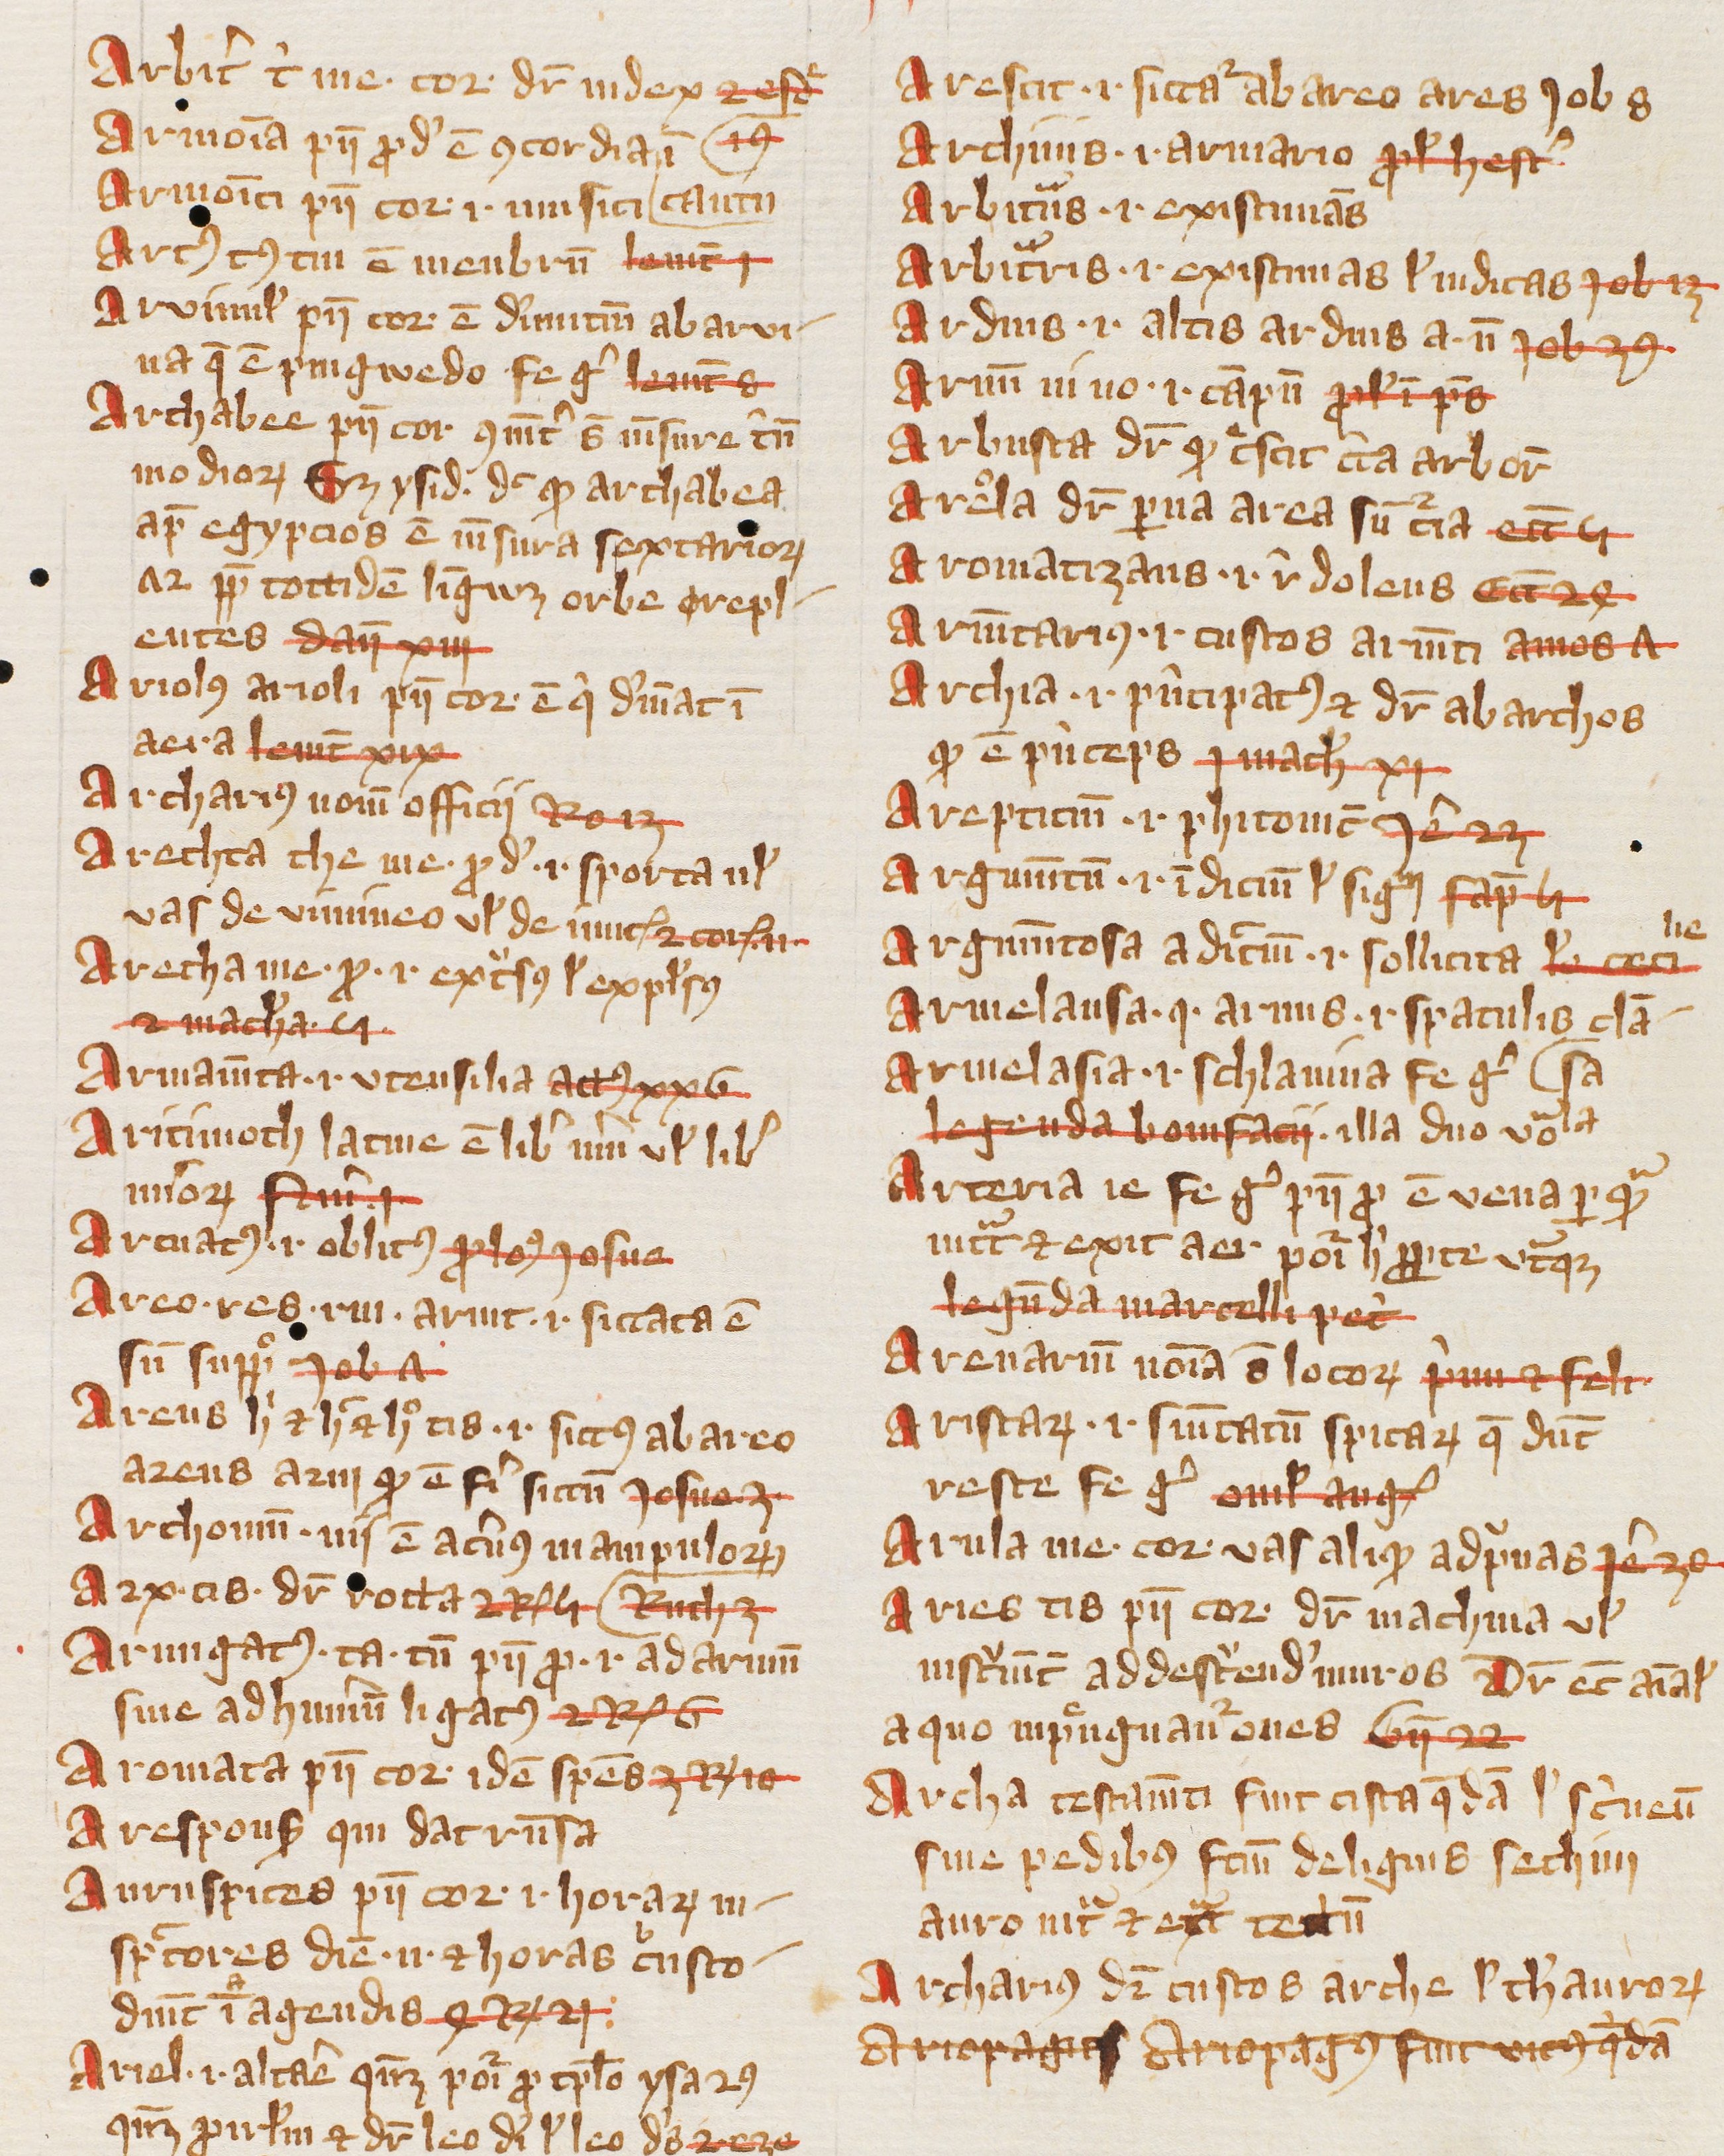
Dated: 1385–1415